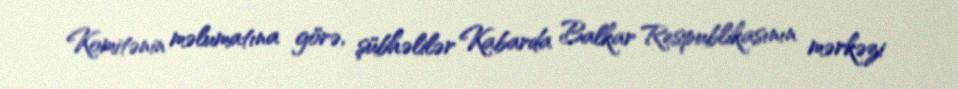
Komitənin məlumatına görə, şübhəlilər Kabarda Balkar Respublikasının mərkəzi